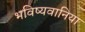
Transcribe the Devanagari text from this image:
भविष्यवानिया